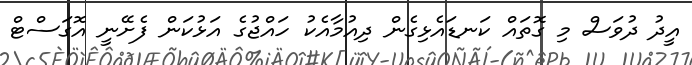
އީދު ދުވަސް މި ގޮތައް ކަނޑައެޅިގެން ދިއުމާއެކު ހައްޖުގެ އަޅުކަން ފެށޭނީ އޮގަސްޓް